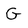
Character: G